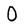
Character: 0